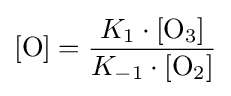
[{\mathrm {O} }]={\frac {K_{1}\cdot [{\mathrm {O} {\vphantom {A}}_{\smash[{t}]{3}}}]}{K_{-1}\cdot [{\mathrm {O} {\vphantom {A}}_{\smash[{t}]{2}}}]}}